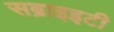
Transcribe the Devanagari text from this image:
सब्राइइटी